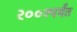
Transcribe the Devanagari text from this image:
२००१पर्यंत